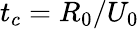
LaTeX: t_{c}=R_{0}/U_{0}